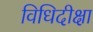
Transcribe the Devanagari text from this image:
विधिदीक्षा